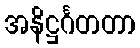
အနိဋ္ဌင်္ဂတတာ